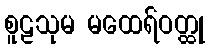
စူဠသုမ မထေရ်ဝတ္ထု